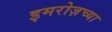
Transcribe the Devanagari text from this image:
इमरोज़च्या